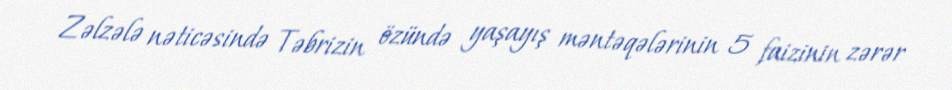
Zəlzələ nəticəsində Təbrizin özündə yaşayış məntəqələrinin 5 faizinin zərər